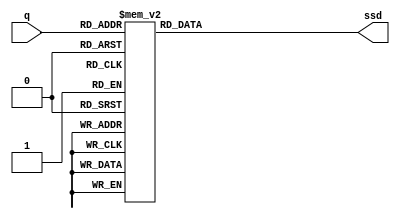
// modified from VE270-Lab5 code

`timescale 1ns / 1ps

module ssd(q, ssd);
  input [3:0] q; 
  output [6:0] ssd;
  reg [6:0] ssd;
  
  always @(q) begin
    case (q)
      0: ssd <= 7'b0000001;
      1: ssd <= 7'b1001111;
      2: ssd <= 7'b0010010;
      3: ssd <= 7'b0000110;
      4: ssd <= 7'b1001100;
      5: ssd <= 7'b0100100;
      6: ssd <= 7'b0100000;
      7: ssd <= 7'b0001111;
      8: ssd <= 7'b0000000;
      9: ssd <= 7'b0000100;
      4'b1010: ssd <= 7'b0001000;
      4'b1011: ssd <= 7'b1100000;
      4'b1100: ssd <= 7'b0110001;
      4'b1101: ssd <= 7'b1000010;
      4'b1110: ssd <= 7'b0110000;
      4'b1111: ssd <= 7'b0111000;
    endcase  
  end
endmodule